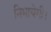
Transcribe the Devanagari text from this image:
निभायेगी।